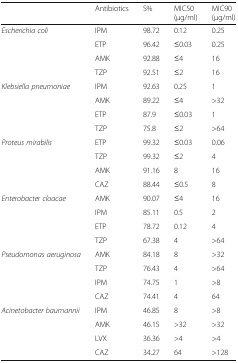
<table><thead><tr><td></td><td><b>Antibiotics</b></td><td><b>S%</b></td><td><b>MIC50 (μg/ml)</b></td><td><b>MIC90 (μg/ml)</b></td></tr></thead><tbody><tr><td rowspan="4"><i>Escherichia coli</i></td><td>IPM</td><td>98.72</td><td>0.12</td><td>0.25</td></tr><tr><td>ETP</td><td>96.42</td><td>≤0.03</td><td>0.25</td></tr><tr><td>AMK</td><td>92.88</td><td>≤4</td><td>16</td></tr><tr><td>TZP</td><td>92.51</td><td>≤2</td><td>16</td></tr><tr><td rowspan="4"><i>Klebsiella pneumoniae</i></td><td>IPM</td><td>92.63</td><td>0.25</td><td>1</td></tr><tr><td>AMK</td><td>89.22</td><td>≤4</td><td>&gt;32</td></tr><tr><td>ETP</td><td>87.9</td><td>≤0.03</td><td>1</td></tr><tr><td>TZP</td><td>75.8</td><td>≤2</td><td>&gt;64</td></tr><tr><td rowspan="4"><i>Proteus mirabilis</i></td><td>ETP</td><td>99.32</td><td>≤0.03</td><td>0.06</td></tr><tr><td>TZP</td><td>99.32</td><td>≤2</td><td>4</td></tr><tr><td>AMK</td><td>91.16</td><td>8</td><td>16</td></tr><tr><td>CAZ</td><td>88.44</td><td>≤0.5</td><td>8</td></tr><tr><td rowspan="4"><i>Enterobacter cloacae</i></td><td>AMK</td><td>90.07</td><td>≤4</td><td>16</td></tr><tr><td>IPM</td><td>85.11</td><td>0.5</td><td>2</td></tr><tr><td>ETP</td><td>78.72</td><td>0.12</td><td>4</td></tr><tr><td>TZP</td><td>67.38</td><td>4</td><td>&gt;64</td></tr><tr><td rowspan="4"><i>Pseudomonas aeruginosa</i></td><td>AMK</td><td>84.18</td><td>8</td><td>&gt;32</td></tr><tr><td>TZP</td><td>76.43</td><td>4</td><td>&gt;64</td></tr><tr><td>IPM</td><td>74.75</td><td>1</td><td>&gt;8</td></tr><tr><td>CAZ</td><td>74.41</td><td>4</td><td>64</td></tr><tr><td rowspan="4"><i>Acinetobacter baumannii</i></td><td>IPM</td><td>46.85</td><td>8</td><td>&gt;8</td></tr><tr><td>AMK</td><td>46.15</td><td>&gt;32</td><td>&gt;32</td></tr><tr><td>LVX</td><td>36.36</td><td>&gt;4</td><td>&gt;4</td></tr><tr><td>CAZ</td><td>34.27</td><td>64</td><td>&gt;128</td></tr></tbody></table>